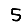
Digit: 5